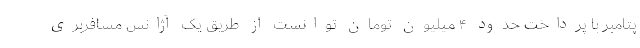
پتامبر با پرداخت حدود ۴ میلیون تومان توانست از طریق یک آژانس مسافربری